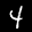
Label: 4